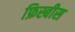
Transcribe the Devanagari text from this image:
फ्रिस्बीस